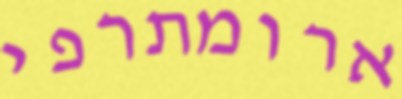
ארומתרפי